Tartu_linna_vaeslastekohus, lk 7
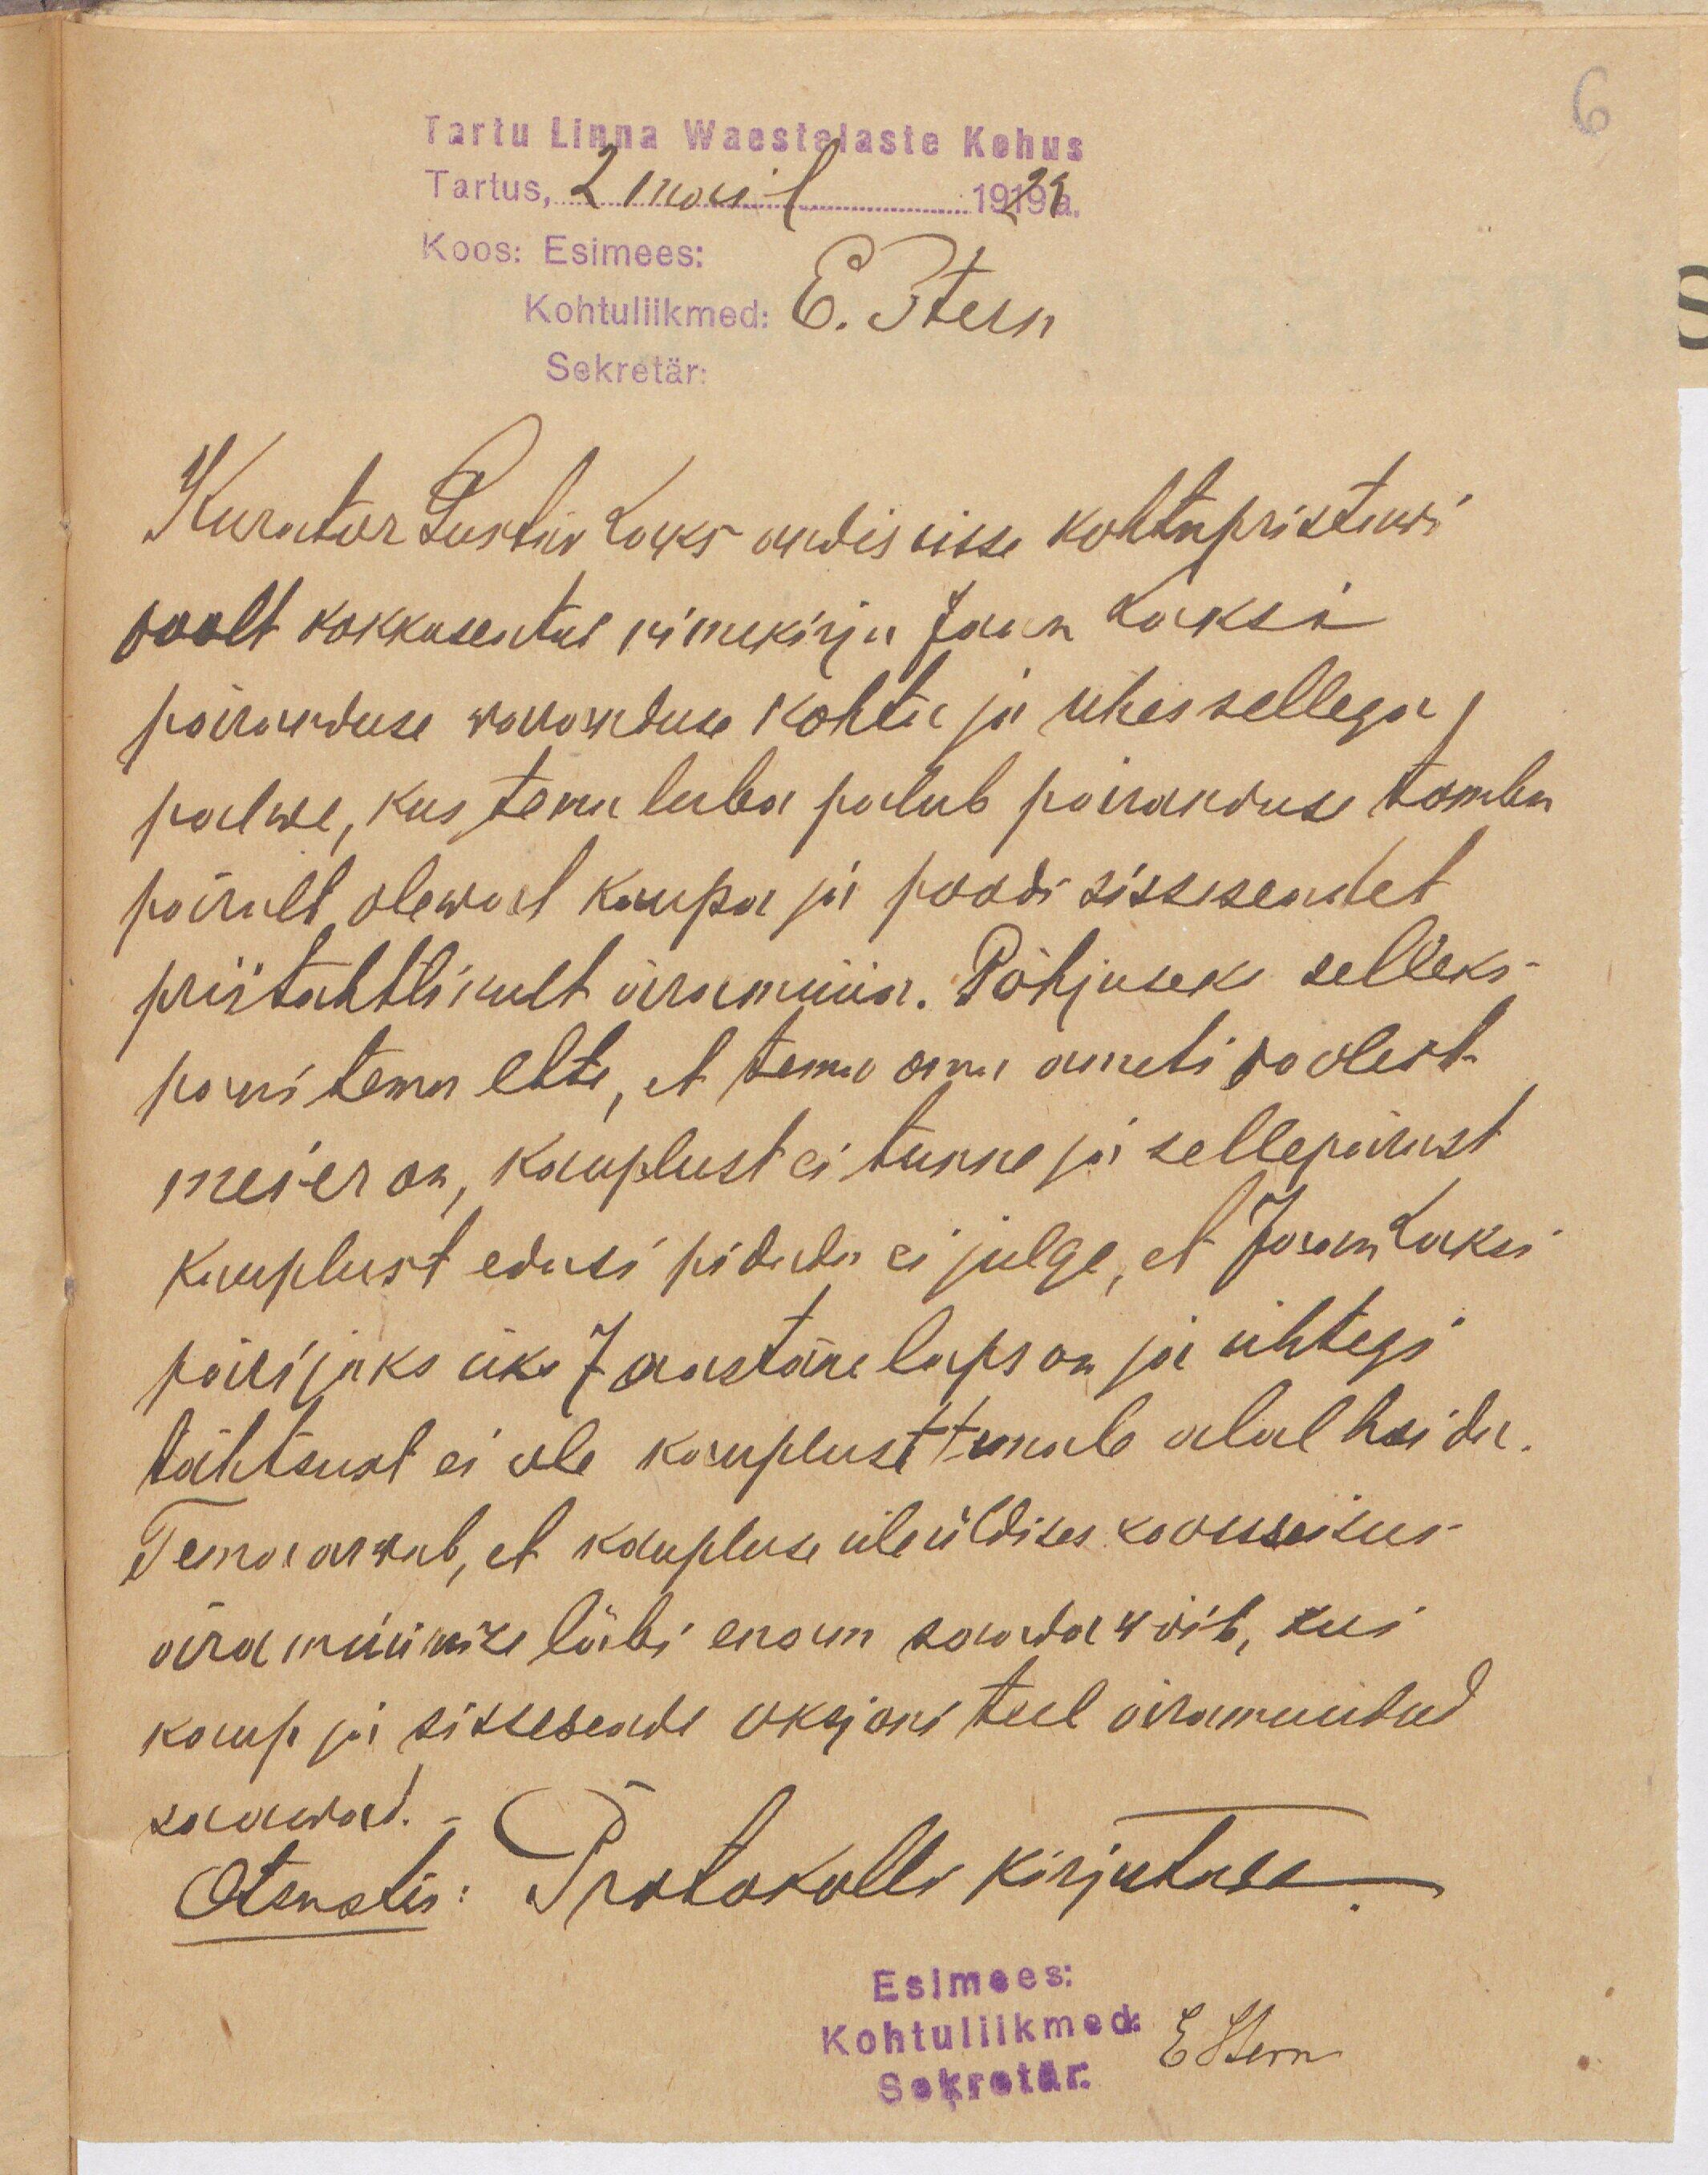
6

Tartu Linna Waestelaste Kohus
Tartus, 2 mail 1919 a.
Koos: Esimees:
Kohtuliikmed: E. Stern
Sekretär:

Kurator Gustav Laks andis sisse kohtupristawi
poolt kokkuseatud nimekirja Jaan Laksi
päranduse warantuse kohta ja uhes sellega
palwe, kus tema luba palub päranduse tombu
päralt olewat kaupa ja poodi sisseseadet
priitahtlikult äramüüa. Põhjuseks selleks
pani tema ette, et tema oma ameti poolest
meier on, kauplust ei tunne ja sellepärast
kauplust edasi pidada ei julge, et Jaan Laksi
pärijaks üks 7 aastane laps on ja ühtegi
tähtsust ei ole kauplust temale alal hoida.
Tema arwab, et kauplus üleüldises koossseisus
äramüümise läbi enam saada wõib, kui
kaup ja sisseseade oksjoni teel äramüütud
saawad.
Otsustis: Protokolli kirjutada.
Esimees:
Kohtuliikmed:
EStern
Sekretär.